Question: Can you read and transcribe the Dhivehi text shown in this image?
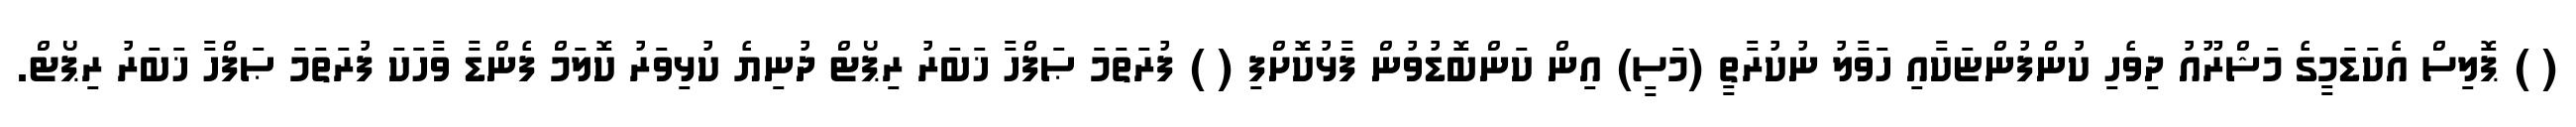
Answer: ( ) ޕޮލިސް އެކަޑަމީގެ މަޝްރޫއު ދިވެހި ކުންފުންޏަކާއި ހަވާލު ނުކުރާތީ (މަސީ) އިން ކަންބޮޑުވުން ފާޅުކޮށްފި ( ) ފުރަތަމަ ޞަފްހާ ޚަބަރު ރިޕޯޓް ދުނިޔެ ކުޅިވަރު ކޮލަމް ފެންޑާ ވާހަކަ ފުރަތަމަ ޞަފްހާ ޚަބަރު ރިޕޯޓް.